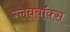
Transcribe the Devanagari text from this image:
ग्लवबॉक्स